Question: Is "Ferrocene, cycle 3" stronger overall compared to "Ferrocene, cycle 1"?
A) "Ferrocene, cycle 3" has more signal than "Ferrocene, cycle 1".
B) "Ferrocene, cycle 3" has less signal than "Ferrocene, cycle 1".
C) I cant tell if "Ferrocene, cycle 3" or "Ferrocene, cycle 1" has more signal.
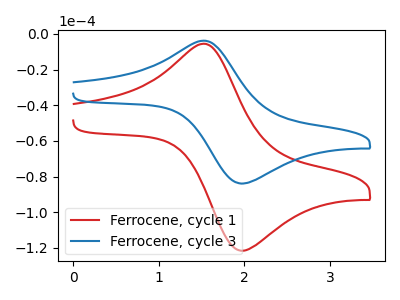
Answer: <think>The red curve "Ferrocene, cycle 1" has an anodic peak at (1.50V, -5.50uA) and a cathodic peak at (1.95V, -121.55uA). The blue curve "Ferrocene, cycle 3" has an anodic peak at (1.50V, -3.80uA) and a cathodic peak at (1.95V, -83.90uA).
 All the peaks in "Ferrocene, cycle 3" have a peak in "Ferrocene, cycle 1" at the same potential.</think>
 <answer>C) I cant tell if "Ferrocene, cycle 3" or "Ferrocene, cycle 1" has more signal.</answer>
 <eval>C</eval>